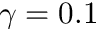
\gamma = 0 . 1